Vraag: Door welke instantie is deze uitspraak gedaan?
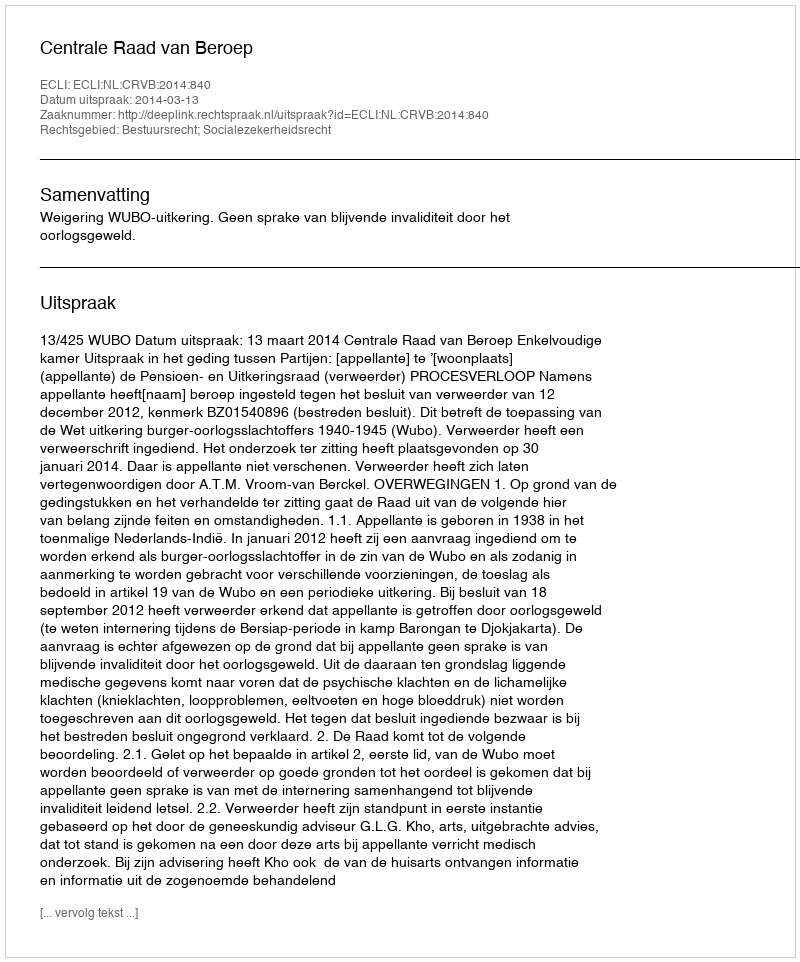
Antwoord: Centrale Raad van Beroep